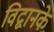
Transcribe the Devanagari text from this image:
विद्वानके